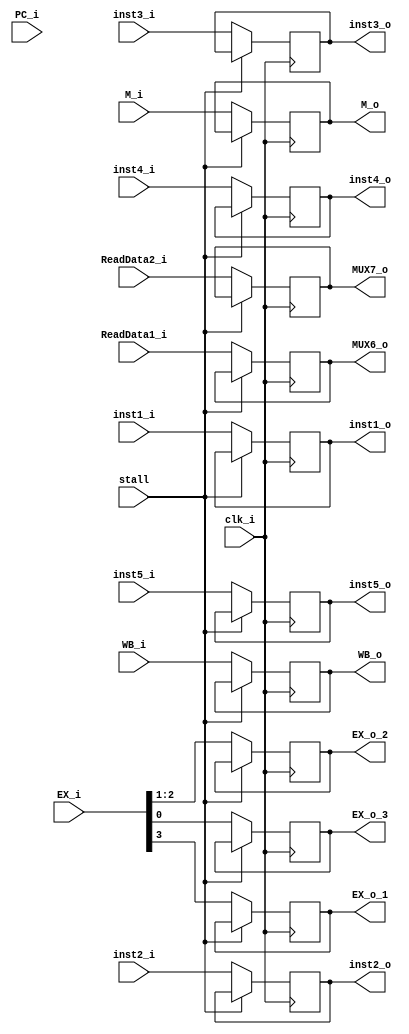
module ID_EX(
	clk_i,
	WB_i,
	WB_o,
	M_i,
	M_o,
	EX_i,
	EX_o_1,
	EX_o_2,
	EX_o_3,
	PC_i,
	ReadData1_i,	//RS
	ReadData2_i,	//RT
	inst1_i,
	inst2_i,
	inst3_i,
	inst4_i,
	inst5_i,
	MUX6_o,
	MUX7_o,
	inst1_o,	//MUX4_o
	inst2_o,
	inst3_o,
	inst4_o,
	inst5_o,
	stall
);

input clk_i, stall;
input   [3:0]   EX_i;
input   [1:0]WB_i;
input	[2:0]M_i;
input 	[31:0]	PC_i;
input   [31:0]ReadData1_i, ReadData2_i;
output  reg [1:0]WB_o;
output  reg [2:0]M_o;
output  reg EX_o_1, EX_o_3;
output  reg [1:0]EX_o_2;
input	[31:0]	inst1_i;
input   [4:0]	inst2_i, inst3_i, inst4_i, inst5_i;
output	reg [31:0]inst1_o;
output  reg [4:0]inst2_o, inst3_o, inst4_o, inst5_o;
output  reg [31:0]MUX6_o, MUX7_o;


always @(posedge clk_i) begin
	if(stall == 1'b1) begin
		
	end
	else begin
    WB_o = WB_i;
    M_o = M_i;
    //TODO EX!!
    EX_o_1 = EX_i[3];
    EX_o_2 = EX_i[2:1];
    EX_o_3 = EX_i[0];
    inst1_o = inst1_i;
    inst2_o = inst2_i;
    inst3_o = inst3_i;
    inst4_o = inst4_i;
    inst5_o = inst5_i;
    MUX6_o  = ReadData1_i;
    MUX7_o  = ReadData2_i;
	end
end

endmodule